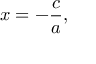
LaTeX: x = - { \frac { c } { a } } ,